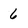
Character: 6